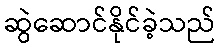
ဆွဲဆောင်နိုင်ခဲ့သည်